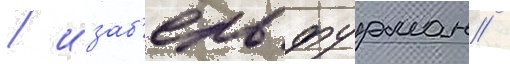
/ изаб'ель фурман /